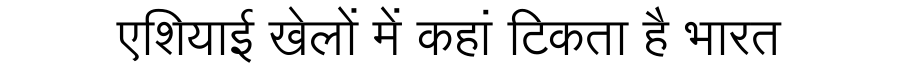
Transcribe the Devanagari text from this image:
एशियाई खेलों में कहां टिकता है भारत